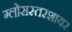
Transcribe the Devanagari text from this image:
ग्लोसस्तरशायर